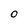
Character: 0